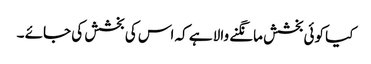
کیا کوئی بخشش مانگنے والا ہے کہ اس کی بخشش کی جائے ۔